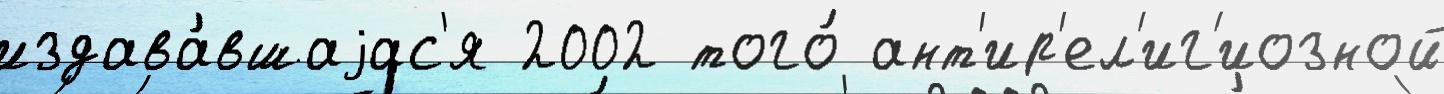
издава́вшаjас'я 2002 того́ ант'ир'ел'иг'иозной